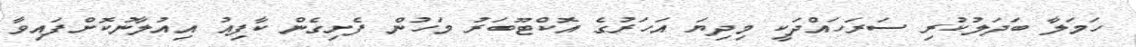
ހަމަލާ ބަދަލުކުރި ސަރަހައްދަކީ މިދިޔަ އަހަރުގެ އޮކްޓޫބަރު މަހުން ފެށިގެން ކާފިއު އިއުލާނުކޮށްފައިވާ